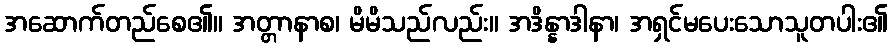
အဆောက်တည်စေ၏။ အတ္တာနာစ၊ မိမိသည်လည်း။ အဒိန္နာဒါနာ၊ အရှင်မပေးသောသူတပါး၏